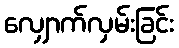
လျှောက်လှမ်းခြင်း